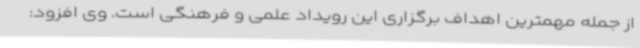
از جمله مهمترین اهداف برگزاری این رویداد علمی و فرهنگی است. وی افزود: